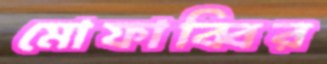
মোফাব্বির